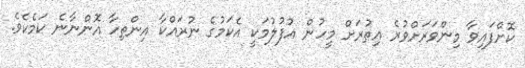
ކޮށްފައިވާ މިންވަރަށްވުރެ އިތުރަށް މީހުން އުފުލުމަކީ އެކަމުގެ ނުރައްކާ އިންތިހާ އޮންނާނެ ކަމެކެވެ.